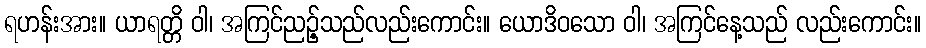
ရဟန်းအား။ ယာရတ္တိ ဝါ၊ အကြင်ညဉ့်သည်လည်းကောင်း။ ယောဒိဝသော ဝါ၊ အကြင်နေ့သည် လည်းကောင်း။